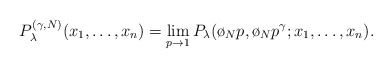
\begin{align*}P_{\lambda}^{(\gamma,N)}(x_1,\dots,x_n) = \lim_{p \rightarrow 1} P_{\lambda}(\o_N p, \o_N p^{\gamma} ; x_1,\dots,x_n ).\end{align*}